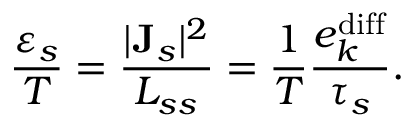
\frac { \varepsilon _ { s } } { T } = \frac { | { \bf J } _ { s } | ^ { 2 } } { L _ { s s } } = \frac { 1 } { T } \frac { e _ { k } ^ { \mathrm { d i f f } } } { \tau _ { s } } .